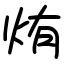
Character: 烠